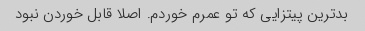
بدترین پیتزایى که تو عمرم خوردم. اصلا قابل خوردن نبود